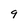
Character: 9